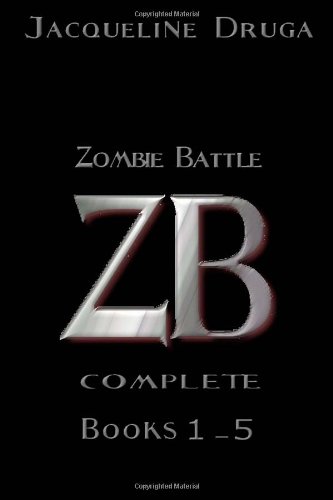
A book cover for Zombie Battle: Complete; Jacqueline Druga; Literature & Fiction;